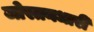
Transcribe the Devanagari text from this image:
जोस्तनधारी